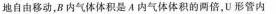
地自由移动，B内气体体积是A内气体体积的两倍，U型管内